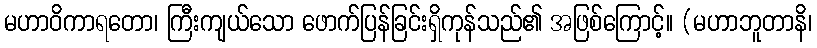
မဟာဝိကာရတော၊ ကြီးကျယ်သော ဖောက်ပြန်ခြင်းရှိကုန်သည်၏ အဖြစ်ကြောင့်။ (မဟာဘူတာနိ၊